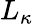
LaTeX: L_{\kappa}